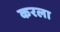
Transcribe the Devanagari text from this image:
करला